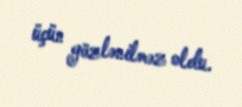
üçün gözlənilməz oldu.